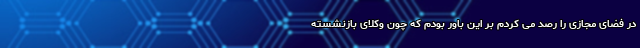
در فضای مجازی را رصد می کردم بر این باور بودم که چون وکلای بازنشسته